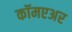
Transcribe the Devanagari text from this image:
कॉमएअर